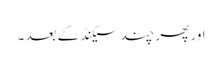
اور پھر چند سیکنڈ کے بعد ۔